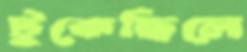
টুকেছিলে